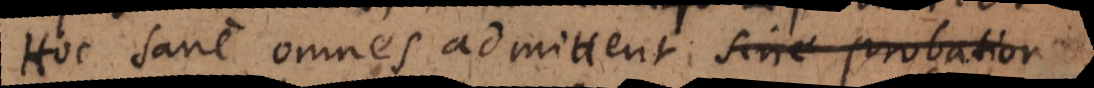
Hoc sane omnes admittent sine probatione